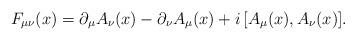
LaTeX: \begin{align*}F_{\mu\nu}(x)=\partial_\mu A_\nu(x)-\partial_\nu A_\mu(x)+i\,[A_\mu(x),A_\nu(x)].\end{align*}